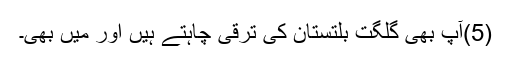
(5)آپ بھی گلگت بلتستان کی ترقی چاہتے ہیں اور ميں بھی۔